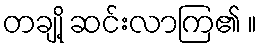
တချို့ ဆင်းလာကြ၏ ။